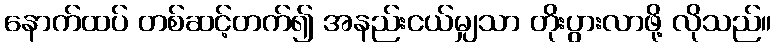
နောက်ထပ် တစ်ဆင့်တက်၍ အနည်းငယ်မျှသာ တိုးပွားလာဖို့ လိုသည်။